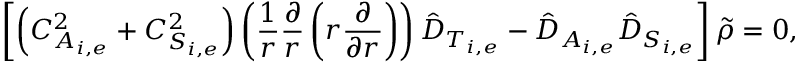
\left[ \left( C _ { A _ { i , e } } ^ { 2 } + C _ { S _ { i , e } } ^ { 2 } \right) \left( \frac { 1 } { r } \frac { \partial } { r } \left( r \frac { \partial } { \partial r } \right) \right) \hat { D } _ { T _ { i , e } } - \hat { D } _ { A _ { i , e } } \hat { D } _ { S _ { i , e } } \right] \tilde { \rho } = 0 ,